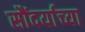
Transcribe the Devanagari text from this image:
सौंदर्याच्या